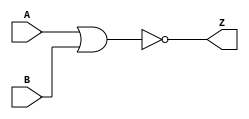
module NORgate(A,B,Z);
  input A,B;
  output Z;

  assign Z = ~(A|B);

endmodule